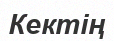
Кектің